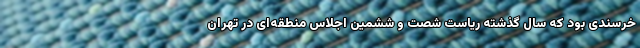
خرسندی بود که سال گذشته ریاست شصت و ششمین اجلاس منطقه‌ای در تهران